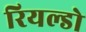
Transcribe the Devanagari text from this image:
रियल्डो